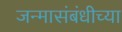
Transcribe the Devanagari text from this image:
जन्मासंबंधीच्या